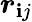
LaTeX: \boldsymbol{r}_{\mathbf{i}j}